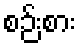
စဉ်းစား